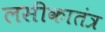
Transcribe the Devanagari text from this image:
लसीकातंत्र